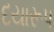
દયારૂપ